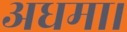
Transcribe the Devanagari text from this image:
अधमा।